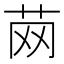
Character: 䒽